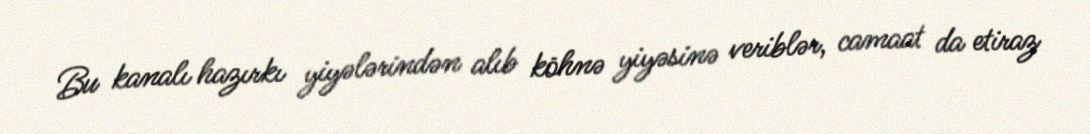
Bu kanalı hazırkı yiyələrindən alıb köhnə yiyəsinə veriblər, camaat da etiraz